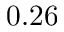
0 . 2 6